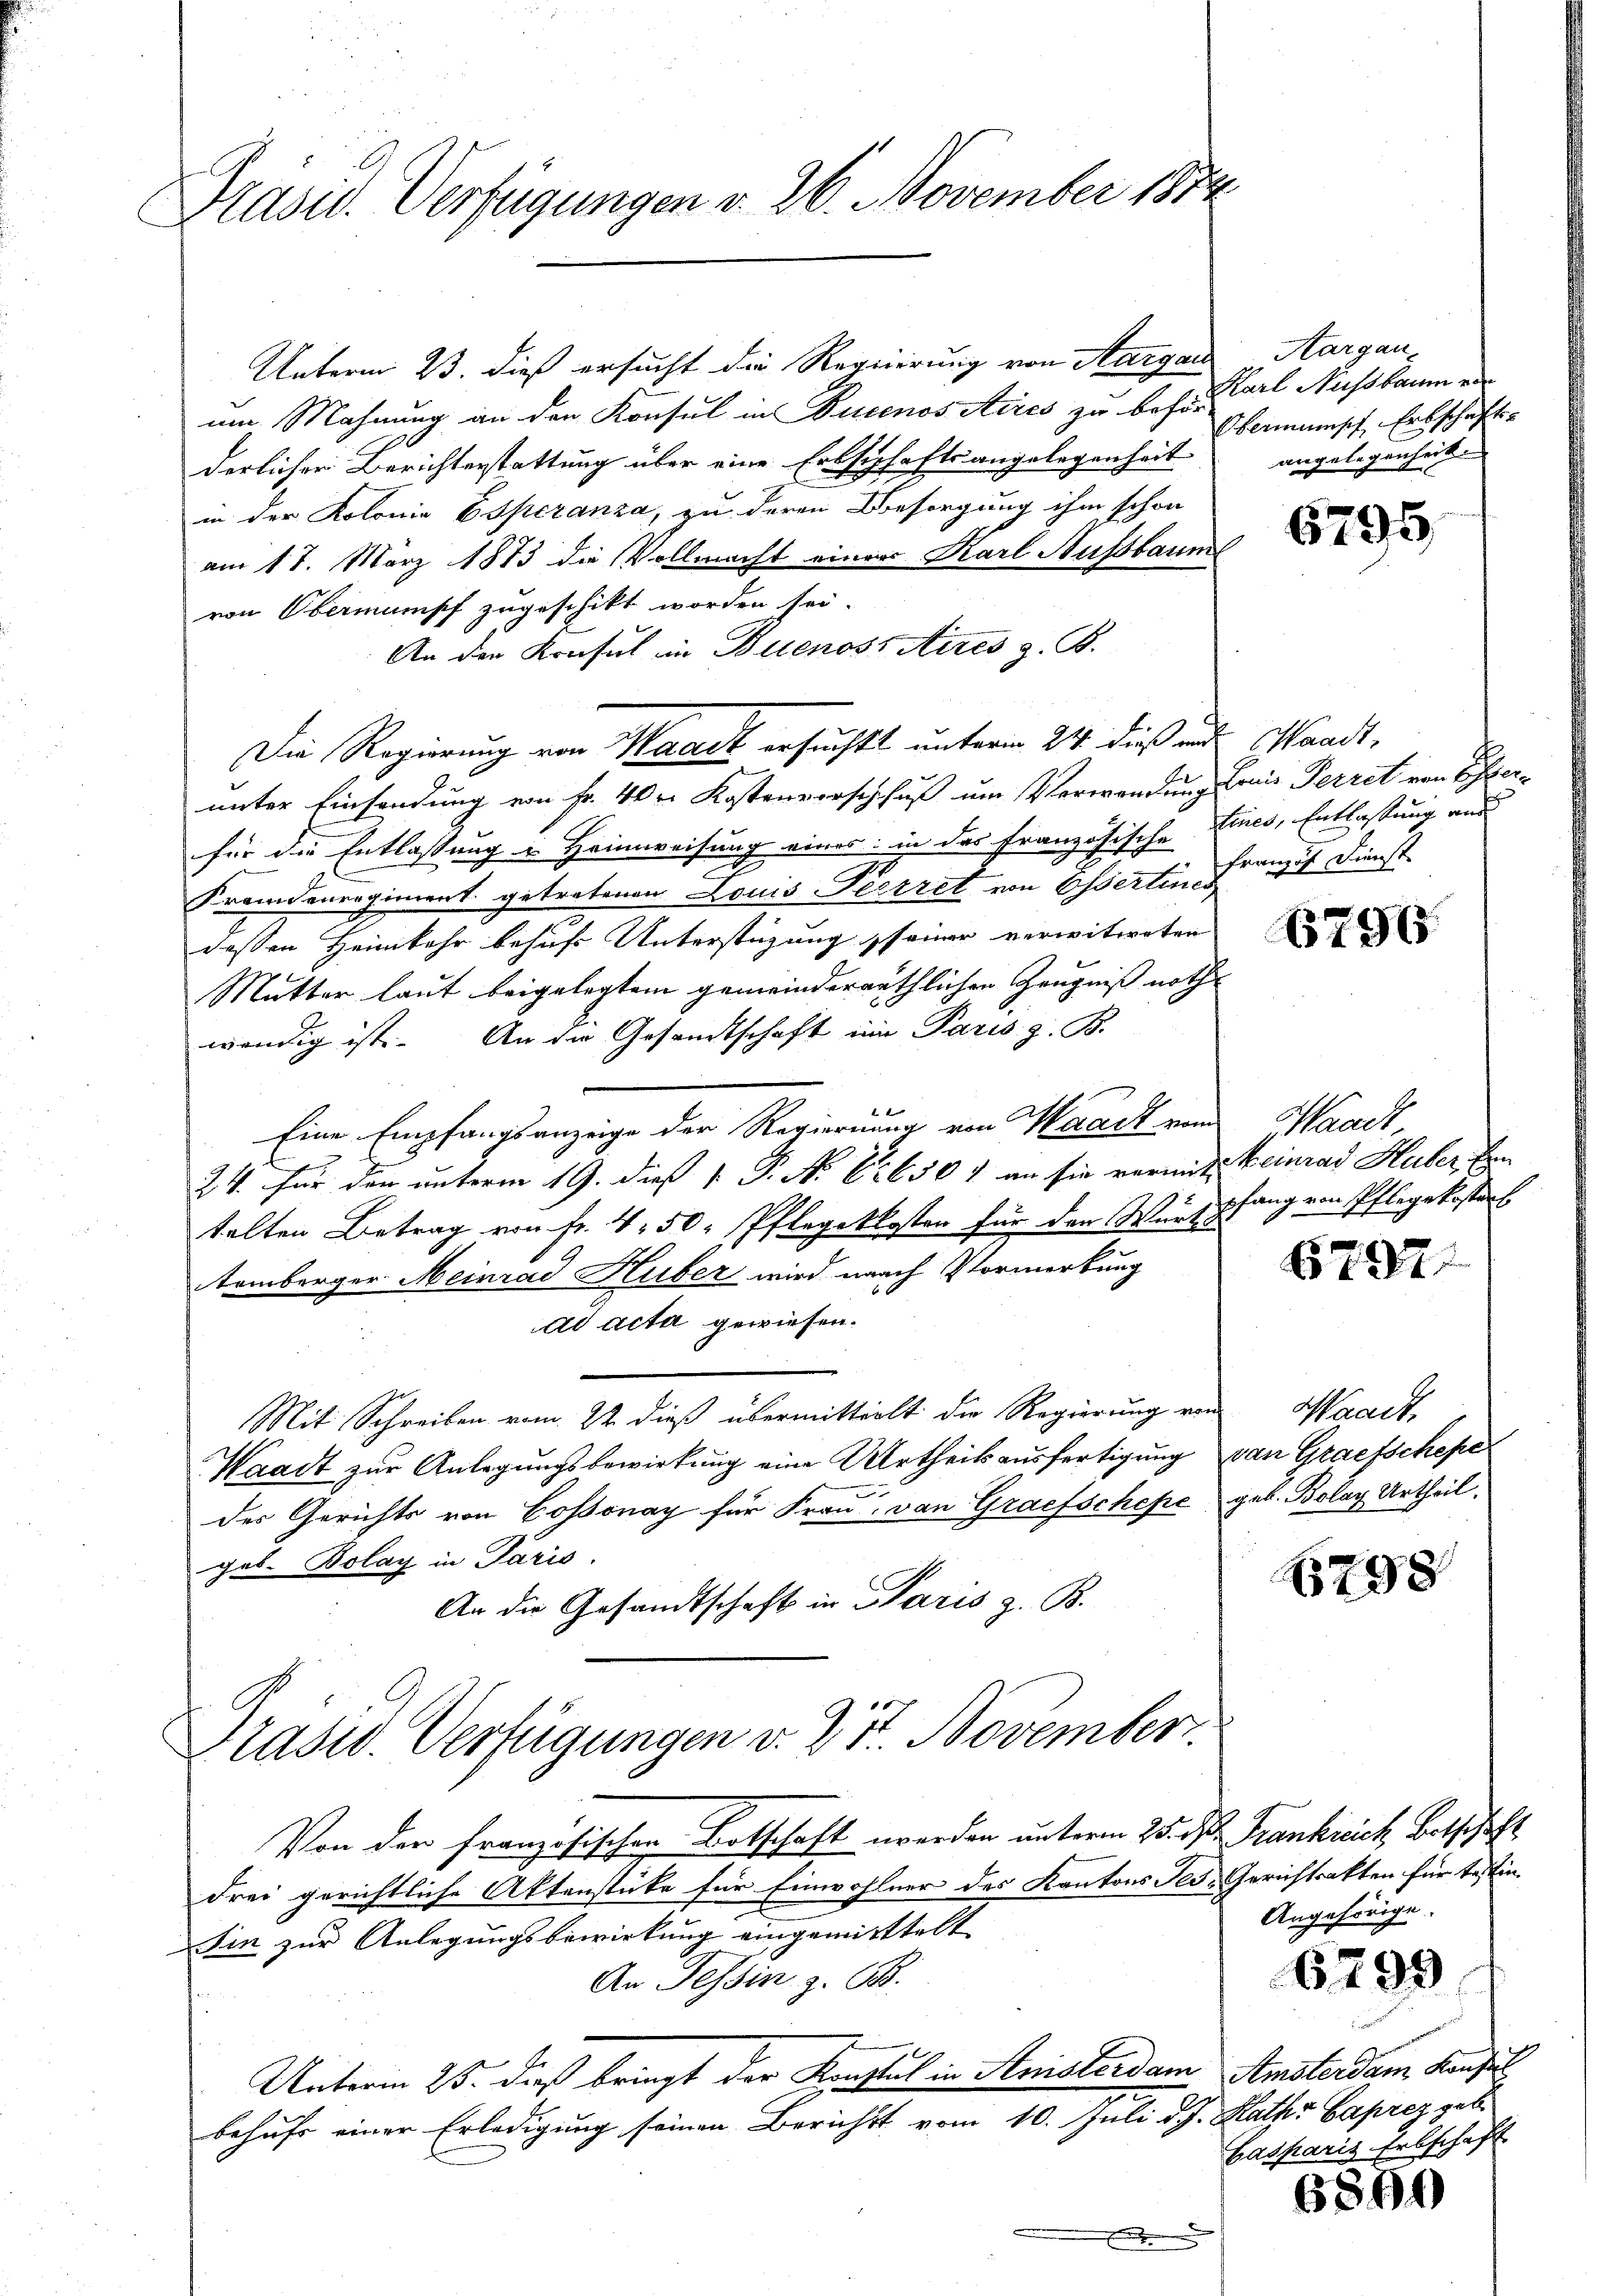
Präsid. Verfügungen v. 26. November 1874

Unterm 23. dieß ersucht die Regierung von Aargau
am Mahnung an den Konsul in Buenos Ačico zu bez. Karl Nußbaum er
derlichen Berichterstattung über eine Erbschaftsangelegenheit
in der Kolonie 6 Spezanza, zu deren Besorgung ihm schon
am 17. März 1873 die Vollmacht einer Karl Aussbaum
von Obermumpf zugeschikt worden sei.
An der Konsul in Buenoss Aires z. B.
Die Regierung von Waadt ersuchtt unterm 24. dieß und Waadt,
unter Einsendung von Fr. 40 r. Kostenverschluß um Verwendung Laie Perret von Esterfür die Entlassung u. Heimweisung eines in das Französische Eines, Entlassung und
Fremdenregiment getretenen Louis Peciret von Osertin Franzis Dienst
dessen Heimkehr behufs Unterstüzung seiner verwitweten
Mutter laut beigelegtem gemeinderäthlichen Zeugniß noth
wendig ist. An die Gesandtschaft ein Paris z. B.
Eine Empfangsanzeige der Regierung von Waadt vom
24. Für den unterm 19. dieß P. P. N. 62. 650 & an sie vermit Beinrad Huber, Ern
telten Betrag von fr. 4 50. Pflegetkosten für den Wurdpfang von Pflegekostert
temberger Meinrad Huber wird nach Vormerkung
ad acta gewiesen.
Mit Schreiben vom 22 dieß übermittelt die Regierung von
Waadt zur Anlegungsbewirkung eine Urtheils ausfertigung von Grafschepe
des Gerichts von Cossonay für Frau, von Graefschepe geb. Bolay Urtheil.
geb. Bolay in Paris.
An die Gesandtschaft in Paris z. B.
Präsid. Verfügungen v. 25. November
Von der französischen Botschaft werden unterm 25. ds. Frankreich Botschaft
drei gerichtliche Aktenstüke für Einwohlner des Kantons Tes-Gerichtsakten für testintin zur Anlegungsbewirkung eingemittelt
An Tessin z. B.
Unterm 23. dieß bringt der Konstal in Anisterdam. Amsterdam Konfes
behufs einer Erledigung seinen Bericht vom 10. Juli d. J. Raths Caprez geb.
.

Aargau,
Obermanisch Erbschaft
angelegenheit.

6795

6796

Waadt

6797.

Waadt,

298

Angehörige.

6799

Basparis Erbschaft

6890